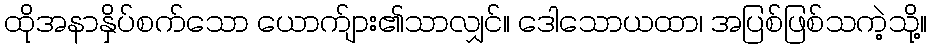
ထိုအနာနှိပ်စက်သော ယောက်ျား၏သာလျှင်။ ဒေါသောယထာ၊ အပြစ်ဖြစ်သကဲ့သို့။